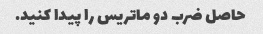
حاصل ضرب دو ماتریس را پیدا کنید.